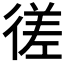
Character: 𫹜